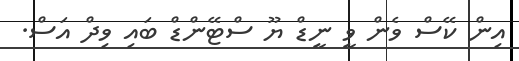
އިން ކޭސް ވެން ވީ ނީޑް ޔޫ ސްޓޭންޑް ބައި ވިދް އަސް.